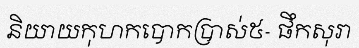
និយាយកុហកបោកប្រាស់៥- ផឹកសុរា